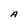
Character: A